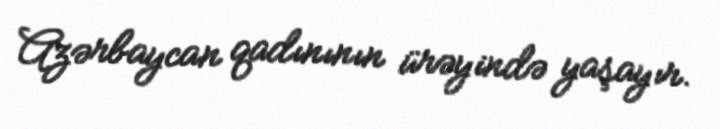
Azərbaycan qadınının ürəyində yaşayır.